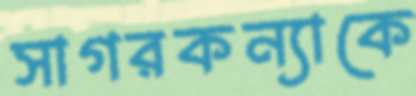
সাগরকন্যাকে